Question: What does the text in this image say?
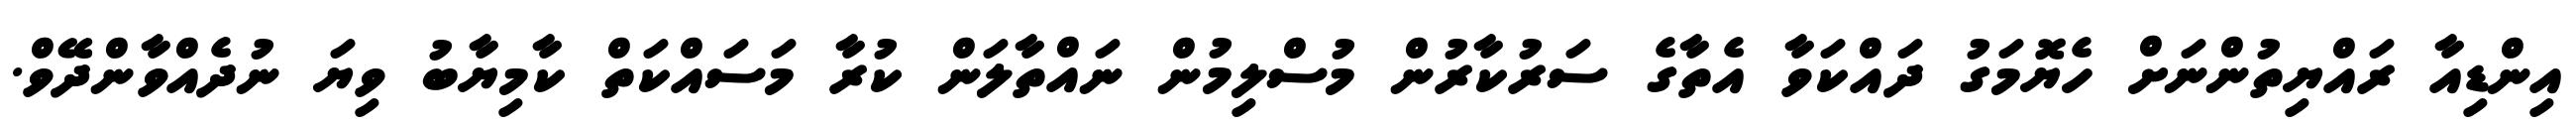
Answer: އިންޑިއާ ރައްޔިތުންނަށް ހެޔޮމަގު ދައްކަވާ އެތާގެ ސަރުކާރުން މުސްލިމުން ނައްތާލަން ކުރާ މަސައްކަތް ކާމިޔާބު ވިޔަ ނުދެއްވާންދޭވް.